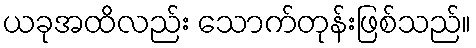
ယခုအထိလည်း သောက်တုန်းဖြစ်သည်။